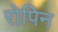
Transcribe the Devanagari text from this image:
रोपिन